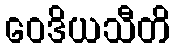
ဝေဒိယသီတိ